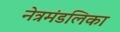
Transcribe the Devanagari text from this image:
नेत्रमंडलिका